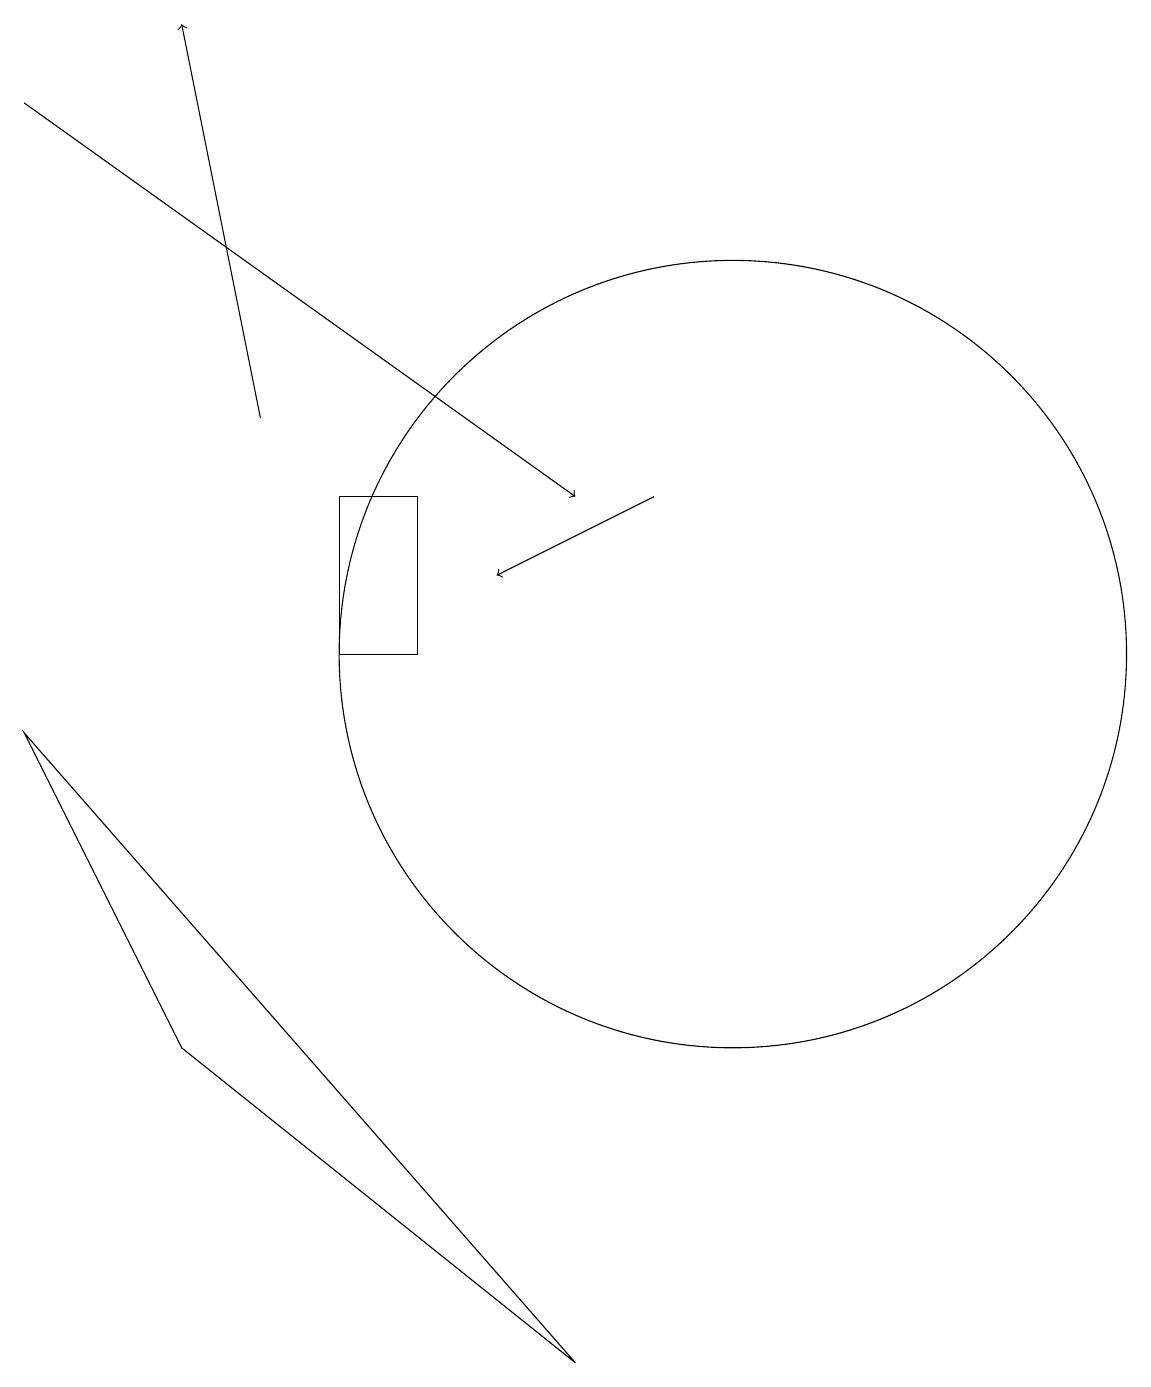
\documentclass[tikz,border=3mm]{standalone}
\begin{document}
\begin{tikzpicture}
\draw (1,9) -- (3,5) -- (8,1) -- cycle;
\draw[->] (4,13) -- (3,18);
\draw[->] (9,12) -- (7,11);
\draw (5,10) rectangle (6,12);
\draw[->] (1,17) -- (8,12);
\draw (10,10) circle (5);
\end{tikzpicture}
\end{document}